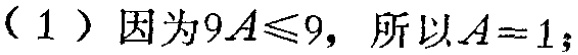
（1）因为\(9A\leqslant9\)，所以\(A = 1\)；